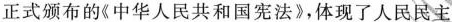
正式颁布的《中华人民共和国宪法》，体现了人民民主